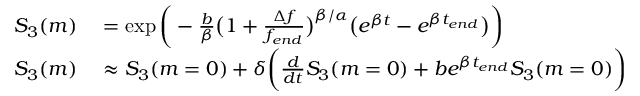
\begin{array} { r l } { S _ { 3 } ( m ) } & { { } = \exp { \bigg ( - \frac { b } { \beta } \big ( 1 + \frac { \Delta f } { { f _ { e n d } } } \big ) ^ { \beta / \alpha } \big ( e ^ { \beta t } - e ^ { \beta t _ { e n d } } \big ) \bigg ) } } \\ { S _ { 3 } ( m ) } & { { } \approx S _ { 3 } ( m = 0 ) + \delta \bigg ( \frac { d } { d t } S _ { 3 } ( m = 0 ) + b e ^ { \beta t _ { e n d } } S _ { 3 } ( m = 0 ) \bigg ) } \end{array}